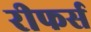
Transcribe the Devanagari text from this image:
रीफर्स